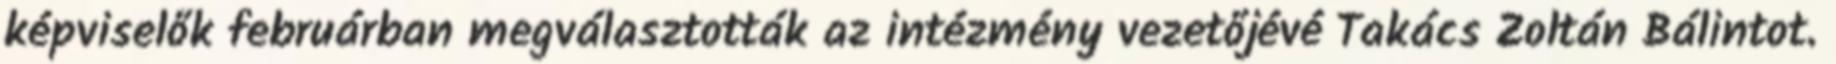
képviselők februárban megválasztották az intézmény vezetőjévé Takács Zoltán Bálintot.